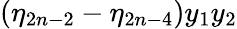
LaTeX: (\eta_{2n-2}-\eta_{2n-4})y_{1}y_{2}